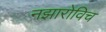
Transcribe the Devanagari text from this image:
नझारोविच